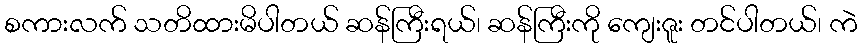
စကားလက် သတိထားမိပါတယ် ဆန်ကြီးရယ်၊ ဆန်ကြီးကို ကျေးဇူး တင်ပါတယ်၊ ကဲ